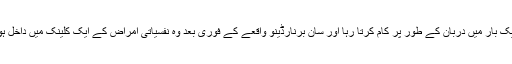
وہ ایک بار میں دربان کے طور پر کام کرتا رہا اور سان برنارڈینو واقعے کے فوری بعد وہ نفسیاتی امراض کے ایک کلینک میں داخل ہوگیا۔